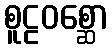
စူဠဝစ္ဆော